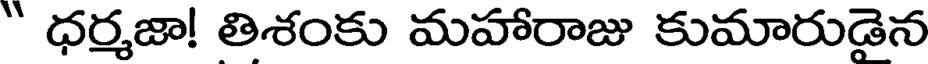
" ధర్మజా! తిశంకు మహారాజు కుమారుడైన